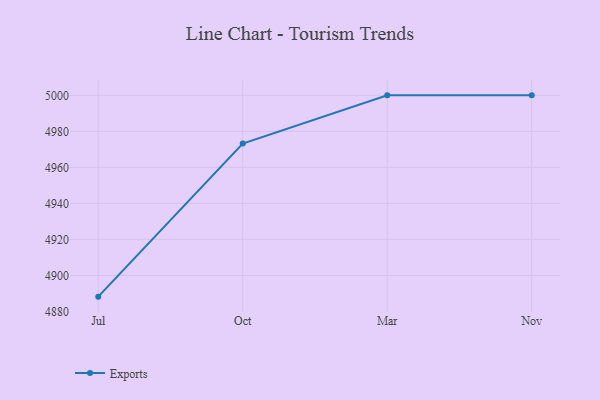
{"axis": {"x": "Month", "y": "Market Share (%)"}, "legend": ["Exports"], "data": [{"x": "Jul", "y": 4888.2, "type": "Exports"}, {"x": "Oct", "y": 4973.2, "type": "Exports"}, {"x": "Mar", "y": 5000, "type": "Exports"}, {"x": "Nov", "y": 5000, "type": "Exports"}]}